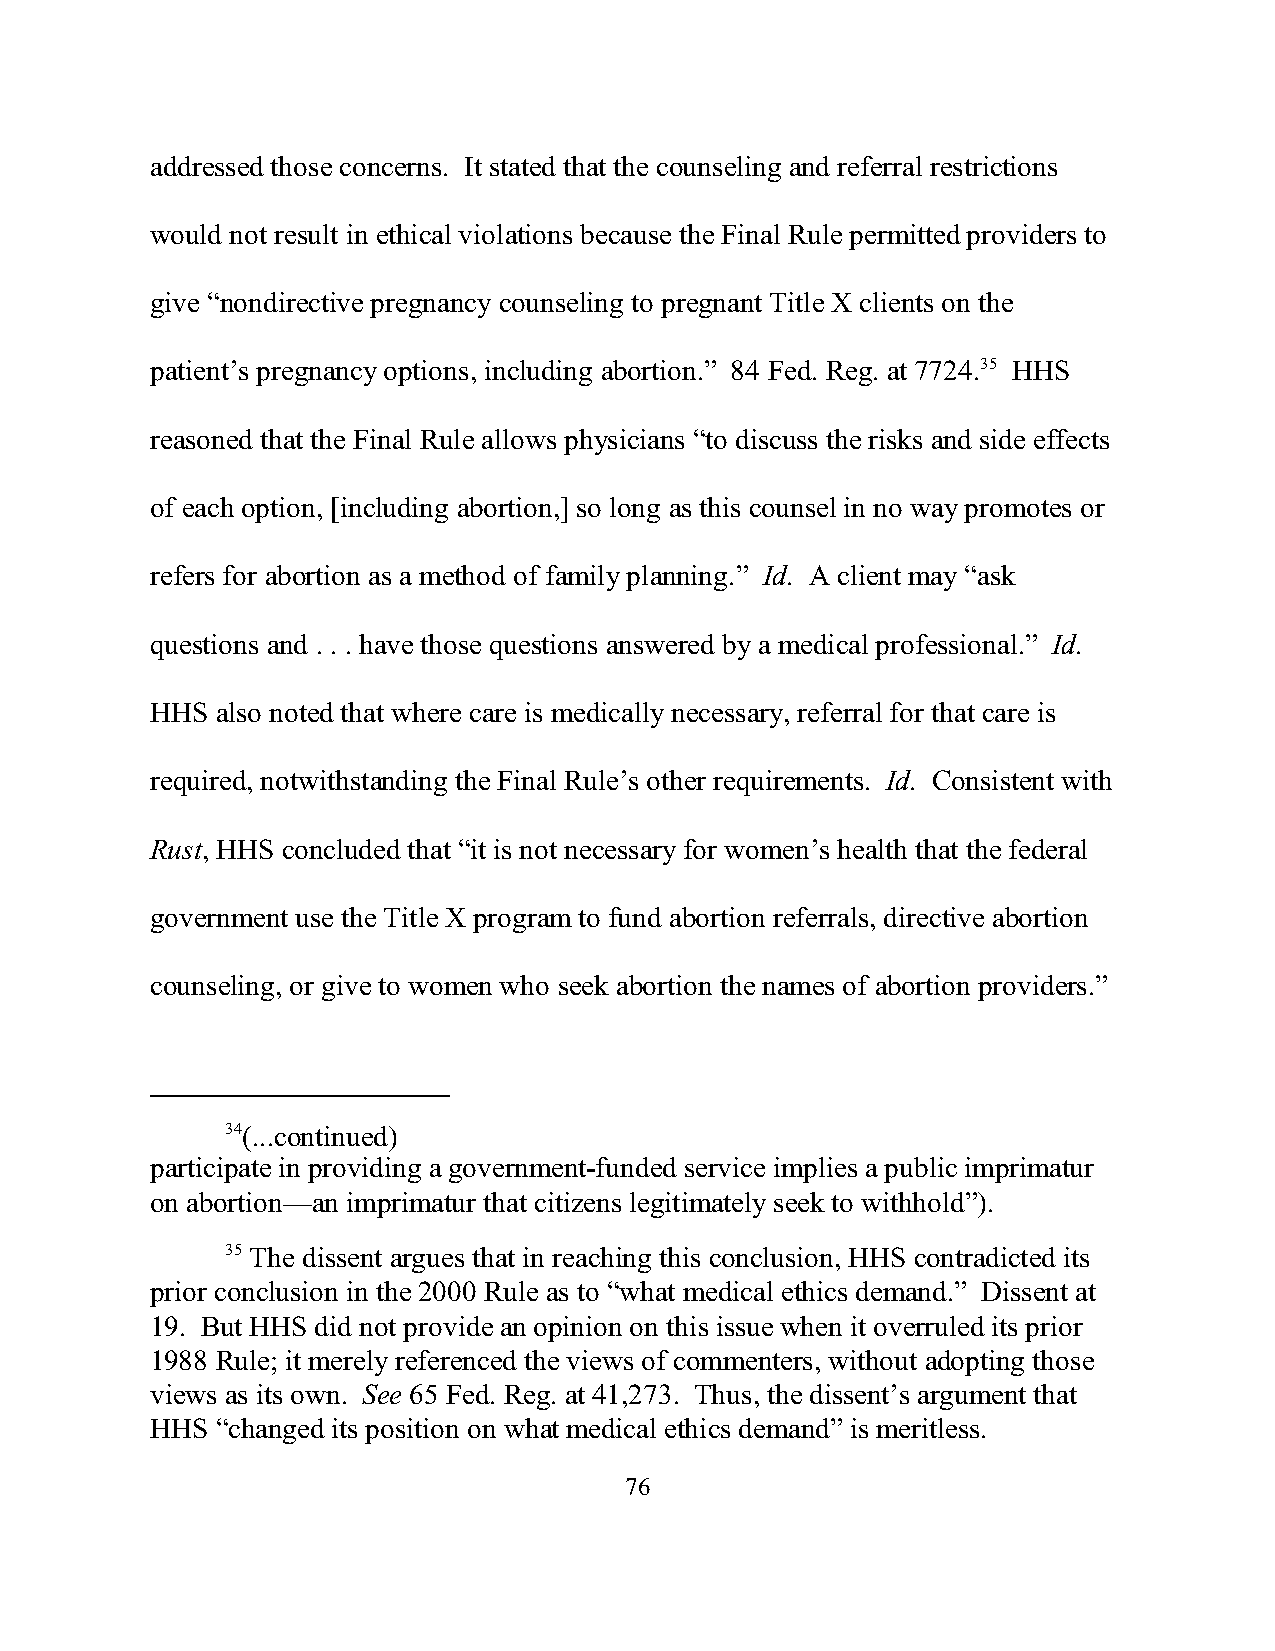
addressed those concerns. It stated that the counseling and referral restrictions
 would not result in ethical violations because the Final Rule permitted providers to
 give “nondirective pregnancy counseling to pregnant Title X clients on the
 patient’s pregnancy options, including abortion.” 84 Fed. Reg. at 7724.35 HHS
 reasoned that the Final Rule allows physicians “to discuss the risks and side effects
 of each option, [including abortion,] so long as this counsel in no way promotes or
 refers for abortion as a method of family planning.” Id. A client may “ask
 questions and . . . have those questions answered by a medical professional.” Id.
 HHS also noted that where care is medically necessary, referral for that care is
 required, notwithstanding the Final Rule’s other requirements. Id. Consistent with
 Rust, HHS concluded that “it is not necessary for women’s health that the federal
 government use the Title X program to fund abortion referrals, directive abortion
 counseling, or give to women who seek abortion the names of abortion providers.”
 34(...continued)
 participate in providing a government-funded service implies a public imprimatur
 on abortion—an imprimatur that citizens legitimately seek to withhold”).
 35 The dissent argues that in reaching this conclusion, HHS contradicted its
 prior conclusion in the 2000 Rule as to “what medical ethics demand.” Dissent at
 19. But HHS did not provide an opinion on this issue when it overruled its prior
 1988 Rule; it merely referenced the views of commenters, without adopting those
 views as its own. See 65 Fed. Reg. at 41,273. Thus, the dissent’s argument that
 HHS “changed its position on what medical ethics demand” is meritless.
 76